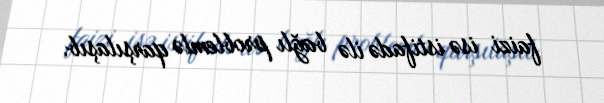
faizi isə istifadə ilə bağlı problemlə qarşılaşıb.